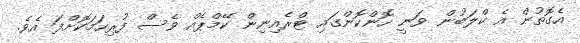
އެގޮތުން އެ ކްލަބުން ވަނީ ހޮންކޮންގައި ޓްރެއިނިން ކޭމްޕެއް ވެސް ފުރިހަމަކޮށްފަ އެވެ.